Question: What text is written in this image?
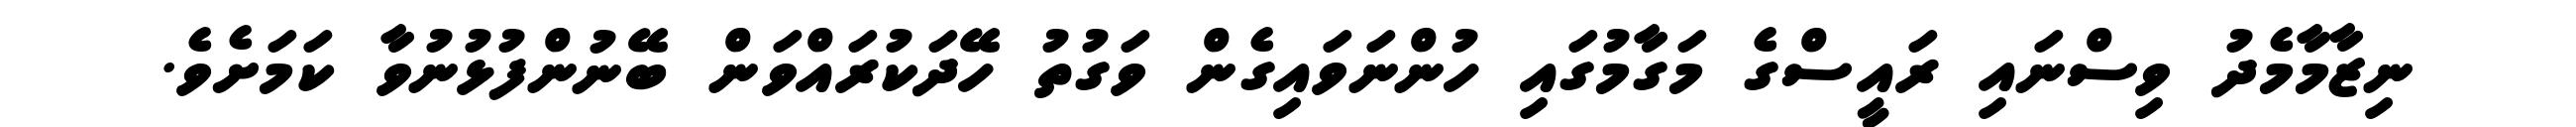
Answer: ނިޒާމާމެދު ވިސްނައި ރައީސްގެ މަގާމުގައި ހުންނަވައިގެން ވަގުތު ހޭދަކުރައްވަން ބޭނުންފުޅުނުވާ ކަމަށެވެ.